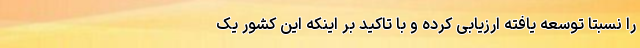
را نسبتا توسعه یافته ارزیابی کرده و با تاکید بر اینکه این کشور یک